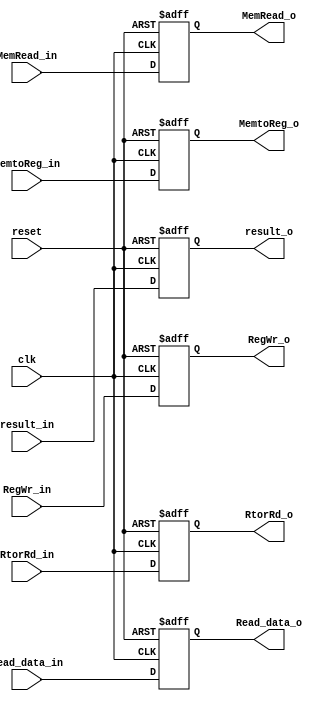
`timescale 1ns / 1ps
//////////////////////////////////////////////////////////////////////////////////
// Company: 
// Engineer: 
// 
// Design Name: 
// Module Name: MEMWB_REG
// Project Name: 
// Target Devices: 
// Tool Versions: 
// Description: 
// 
// Dependencies: 
// 
// Revision:
// Revision 0.01 - File Created
// Additional Comments:
// 
//////////////////////////////////////////////////////////////////////////////////


module MEMWB_REG(
reset,
clk,
Read_data_in,
result_in,
RtorRd_in,
Read_data_o,
result_o,
RtorRd_o,

MemtoReg_in,
RegWr_in,
MemRead_in,
MemtoReg_o,
RegWr_o,
MemRead_o
    );
    
    input reset;
    input clk;
    input [31:0] Read_data_in;
    input [31:0] result_in;
    input [4:0] RtorRd_in;
    input MemRead_in;
    output reg [31:0] Read_data_o;
    output reg [31:0] result_o;
    output reg [4:0] RtorRd_o;
    input [1:0] MemtoReg_in;
    input RegWr_in;
    output reg [1:0] MemtoReg_o;
    output reg RegWr_o;
    output reg MemRead_o;
    
    always @(posedge reset or posedge clk)
    begin
    if(reset)
    begin
      Read_data_o<=0;
      result_o<=0;
      RtorRd_o<=0;
      MemtoReg_o<=0;
      RegWr_o<=0;
      MemRead_o<=0;
    end
    else
    begin
      Read_data_o<=Read_data_in;
      result_o<=result_in;
      RtorRd_o<=RtorRd_in;
      MemtoReg_o<=MemtoReg_in;
      RegWr_o<=RegWr_in;      
      MemRead_o<=MemRead_in;
    end
  end
endmodule